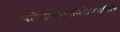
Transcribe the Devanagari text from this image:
यतोऽभ्युदयनिःश्रेयससिद्धि